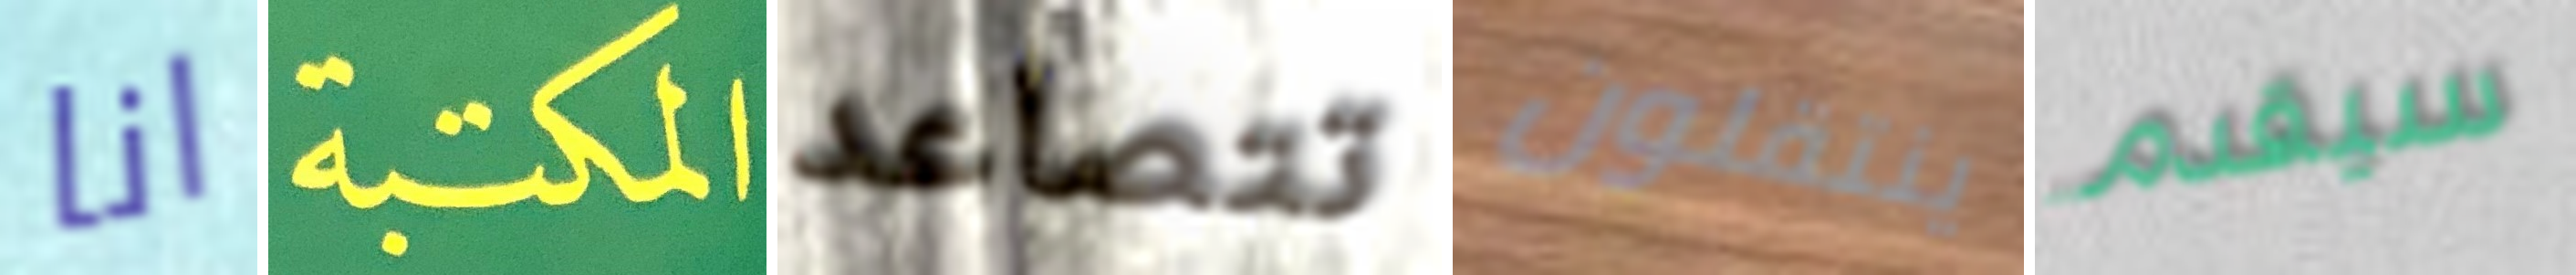
انا المكتبة تتصاعد ينتقلون سيقدم